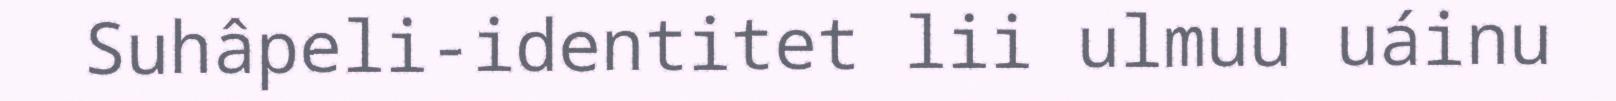
Suhâpeli-identitet lii ulmuu uáinu